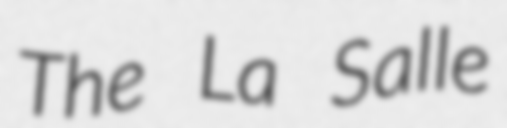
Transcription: The La Salle